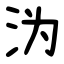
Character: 沩